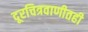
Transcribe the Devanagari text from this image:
दूरचित्रवाणीतही